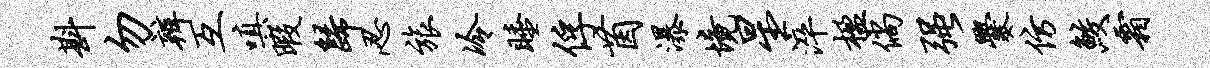
斟勿辨互嗔暇归忍旅冷睡俘茵瀑境星淬楹倘强爨仿鲛霜